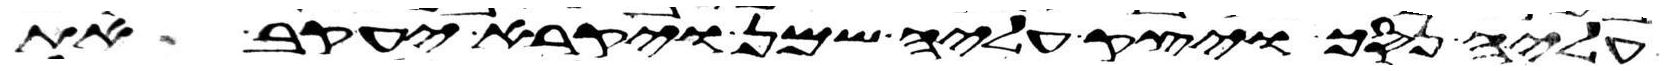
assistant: עליה נסך ויצק עליה שמן ויקרא יעקב את